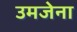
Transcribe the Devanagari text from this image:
उमजेना